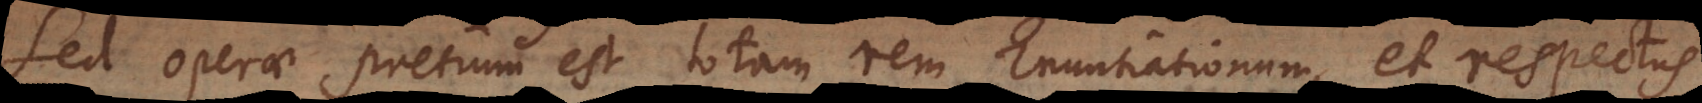
Sed operae pretium est totam rem Enuntiationum, et respectus